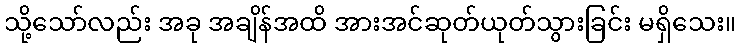
သို့သော်လည်း အခု အချိန်အထိ အားအင်ဆုတ်ယုတ်သွားခြင်း မရှိသေး။